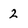
Character: 2